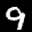
Label: 9